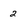
Character: 2